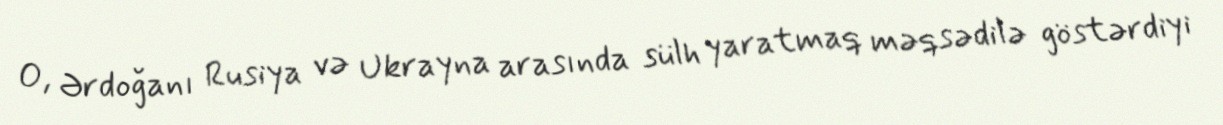
O, Ərdoğanı Rusiya və Ukrayna arasında sülh yaratmaq məqsədilə göstərdiyi